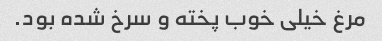
مرغ خیلی خوب پخته و سرخ شده بود.